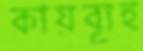
কায়ব্যূহ